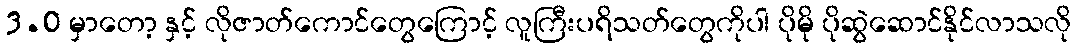
3.0 မှာတော့ နှင့် လိုဇာတ်ကောင်တွေကြောင့် လူကြီးပရိသတ်တွေကိုပါ ပိုမို ပိုဆွဲဆောင်နိုင်လာသလို